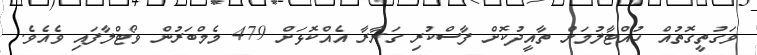
ވަގުތީގޮތުއް ހުއްޓާލުމަށް ތާއީދުކޮށް ފާސްކުރި ގަރާރާ އެއްކޮޅަށް 479 މެމްބަރުން ވޯޓްލާފައި ވެއެވެ.